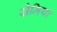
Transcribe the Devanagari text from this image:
सेमिया